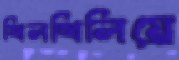
খিলখিলিয়ে